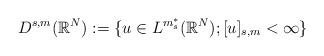
LaTeX: \begin{align*}D^{s,m}(\mathbb{R}^{N}) := \{u\in L^{m^{*}_{s}}(\mathbb{R}^{N}); [ u ]_{s,m} < \infty \}\end{align*}